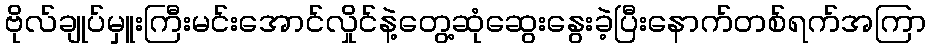
ဗိုလ်ချုပ်မှူးကြီးမင်းအောင်လှိုင်နဲ့တွေ့ဆုံဆွေးနွေးခဲ့ပြီးနောက်တစ်ရက်အကြာ